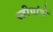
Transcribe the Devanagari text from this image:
स्तीयांचे